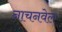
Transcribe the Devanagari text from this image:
नाचनवेल